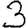
Digit: 3